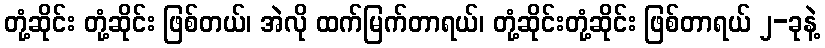
တုံ့ဆိုင်း တုံ့ဆိုင်း ဖြစ်တယ်၊ အဲလို ထက်မြက်တာရယ်၊ တုံ့ဆိုင်းတုံ့ဆိုင်း ဖြစ်တာရယ် ၂-ခုနဲ့